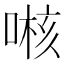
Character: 𱓯